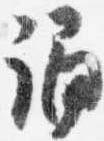
誦